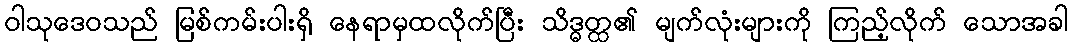
ဝါသုဒေဝသည် မြစ်ကမ်းပါးရှိ နေရာမှထလိုက်ပြီး သိဒ္ဓတ္ထ၏ မျက်လုံးများကို ကြည့်လိုက် သောအခါ